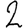
Digit: 2